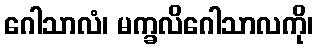
ဂေါသာလံ၊ မက္ခလိဂေါသာလကို၊